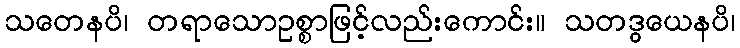
သတေနပိ၊ တရာသောဥစ္စာဖြင့်လည်းကောင်း။ သတဒွယေနပိ၊